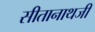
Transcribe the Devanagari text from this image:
सीतानाथजी